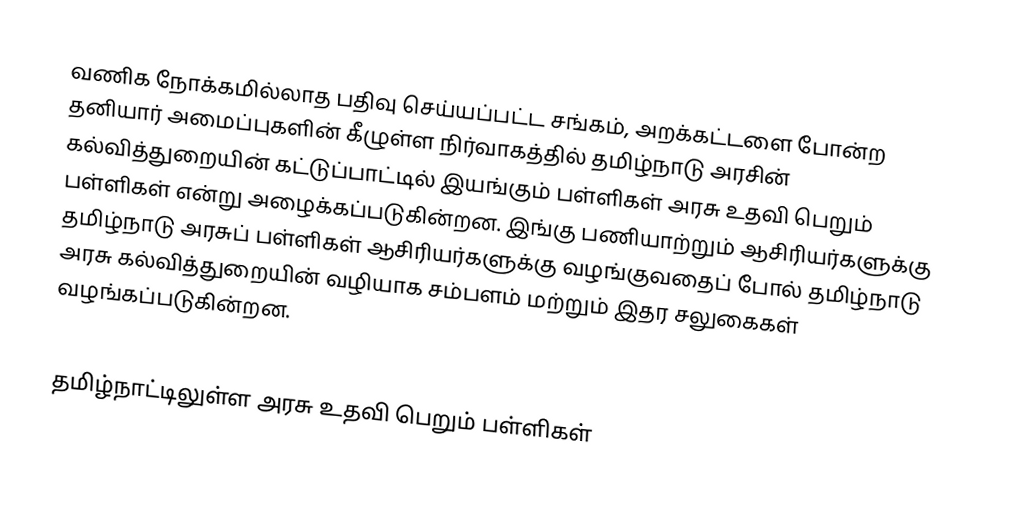
வணிக நோக்கமில்லாத பதிவு செய்யப்பட்ட சங்கம், அறக்கட்டளை போன்ற தனியார் அமைப்புகளின் கீழுள்ள நிர்வாகத்தில் தமிழ்நாடு அரசின் கல்வித்துறையின் கட்டுப்பாட்டில் இயங்கும் பள்ளிகள் அரசு உதவி பெறும் பள்ளிகள் என்று அழைக்கப்படுகின்றன. இங்கு பணியாற்றும் ஆசிரியர்களுக்கு தமிழ்நாடு அரசுப் பள்ளிகள் ஆசிரியர்களுக்கு வழங்குவதைப் போல் தமிழ்நாடு அரசு கல்வித்துறையின் வழியாக சம்பளம் மற்றும் இதர சலுகைகள் வழங்கப்படுகின்றன.

தமிழ்நாட்டிலுள்ள அரசு உதவி பெறும் பள்ளிகள்